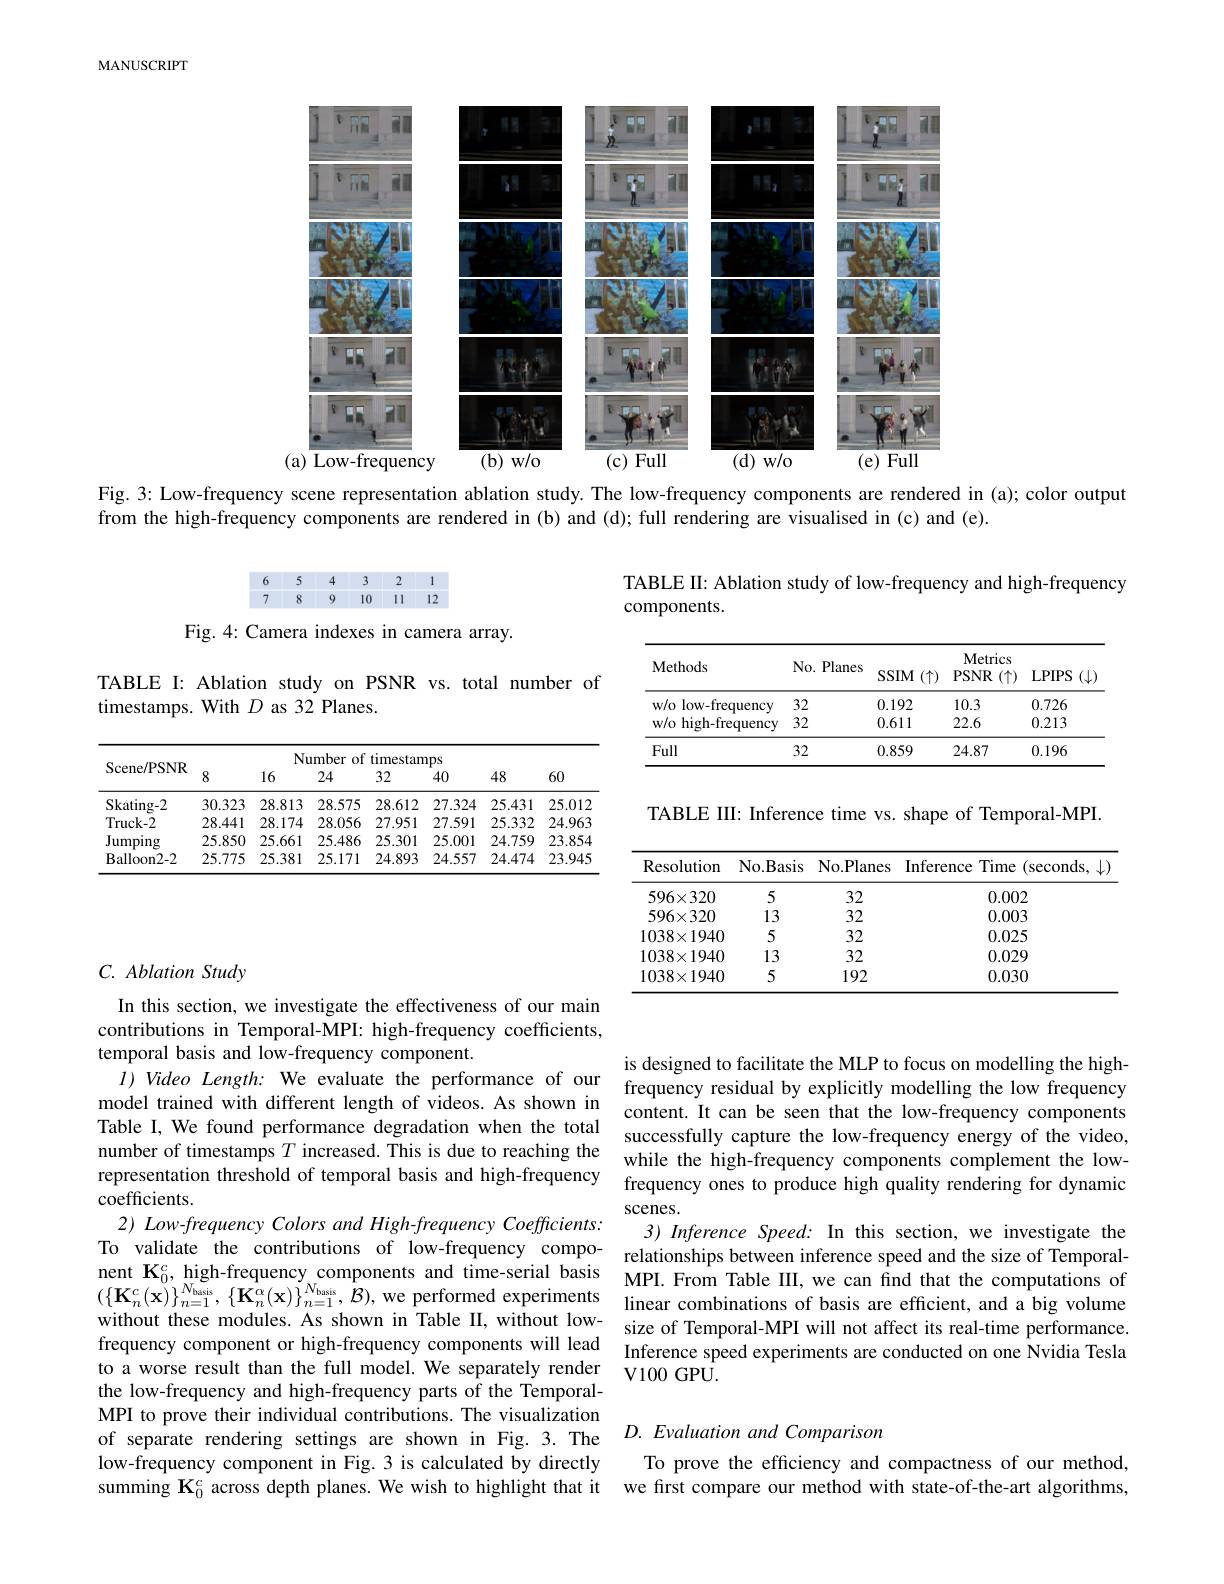
MANUSCRIPT

<FigureHere>

Fig. 3: Low-frequency scene representation ablation study. The low-frequency components are rendered in (a); color output

from the high-frequency components are rendered in (b) and (d); full rendering are visualised in (c) and (e).

<FigureHere>

TABLE II: Ablation study of low-frequency and high-frequency
components.

Fig. 4: Camera indexes in camera array.

TABLE I: Ablation study on PSNR vs. total number of
timestamps. With $D$ as 32 Planes.

<table>
	<tbody>
		<tr>
			<th>Methods</th>
			<th>No. Planes</th>
			<th>$SSIM$ $I(\uparrow)$</th>
			<th>Metrics $PSNR$ $\mathbb{R}(\uparrow)$</th>
			<th>LPIPS $;(\downarrow$,</th>
		</tr>
		<tr>
			<td>w/o low-frequency</td>
			<td>32</td>
			<td>0.192</td>
			<td>10.3</td>
			<td>0.726</td>
		</tr>
		<tr>
			<td>$w/01$ high-frequency</td>
			<td>32</td>
			<td>0.611</td>
			<td>22.6</td>
			<td>0.213</td>
		</tr>
		<tr>
			<td>Full</td>
			<td>32</td>
			<td>0.859</td>
			<td>24.87</td>
			<td>0.196</td>
		</tr>
	</tbody>
</table>

<table>
	<tbody>
		<tr>
			<th rowspan="2">Scene/ PSNR</th>
			<th colspan="7">Number of timestamps</th>
		</tr>
		<tr>
			<th>8</th>
			<th>16</th>
			<th>24</th>
			<th>32</th>
			<th>40</th>
			<th>48</th>
			<th>60</th>
		</tr>
		<tr>
			<td>Skating-2</td>
			<td>30.323</td>
			<td>28.813</td>
			<td>28.575</td>
			<td>28.612</td>
			<td>27.324</td>
			<td>25.431</td>
			<td>25.012</td>
		</tr>
		<tr>
			<td>Truck- 2</td>
			<td>28.441</td>
			<td>28.174</td>
			<td>28.056</td>
			<td>27.951</td>
			<td>27.591</td>
			<td>25.332</td>
			<td>24.963</td>
		</tr>
		<tr>
			<td>${\mathrm{Jumping}}$</td>
			<td>25.850</td>
			<td>25.661</td>
			<td>25.486</td>
			<td>25.301</td>
			<td>25.001</td>
			<td>24.759</td>
			<td>23.854</td>
		</tr>
		<tr>
			<td>Balloon2- 2</td>
			<td>25.775</td>
			<td>25.381</td>
			<td>25.171</td>
			<td>24.893</td>
			<td>24.557</td>
			<td>24.474</td>
			<td>23.945</td>
		</tr>
	</tbody>
</table>

TABLE III: Inference time vs. shape of Temporal-MPI.

<table>
	<tbody>
		<tr>
			<th>Resolution</th>
			<th>No. Basis</th>
			<th>No. Planes</th>
			<th>Inference Time (seconds, $\downarrow)$</th>
		</tr>
		<tr>
			<td>$596\times320$</td>
			<td>5</td>
			<td>32</td>
			<td>0.002</td>
		</tr>
		<tr>
			<td>$596\times320$</td>
			<td>13</td>
			<td>32</td>
			<td>0.003</td>
		</tr>
		<tr>
			<td>$1038\times1940$</td>
			<td>5</td>
			<td>32</td>
			<td>0.025</td>
		</tr>
		<tr>
			<td>$1038\times1940$</td>
			<td>13</td>
			<td>32</td>
			<td>0.029</td>
		</tr>
		<tr>
			<td>$1038\times1940$</td>
			<td>5</td>
			<td>192</td>
			<td>0.030</td>
		</tr>
	</tbody>
</table>

## $C.~Ablation~Study$

is designed to facilitate the MLP to focus on modelling the high-
$I) \textit{Video Length: We evalua}$
content. It can be seen that the low-frequency components
Table I, We found performanc
while the high-frequency com frequency ones to produce hi scenes.
3) Inference Speed: In this
To validate the contribution nent $\mathbf{K}_0^c$, high-frequency components and ti
size of Temporal-MPI will no Inference speed experiments $\textbf{V100 GPU}.$

In this section, we investigate the effectiveness of our main contributions in Temporal-MP temporal basis and low-frequency component
model trained with different representation threshold of $\hat{\text{coefficients.}}$
2) Low-frequency Colors and without these modules. As shown in Table II, without lowfrequency component or high-frequency components will lead to a worse result than the full model. We separately render the low-frequency and high-frequency parts of the TemporalMPI to prove their individual contributions. The visualization of separate rendering settings are shown in Fig.3.The $D.Evaluation$ and Comparison
low-frequency component in Fig.3 is calculated by directly summing $\mathbf{K}_0^c$ across depth planes. We wish to highlight that it

To prove the efficiency and compactness of our method, we first compare our method with state-of-the-art algorithms,